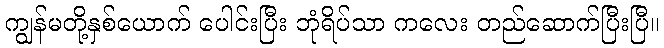
ကျွန်မတို့နှစ်ယောက် ပေါင်းပြီး ဘုံရိပ်သာ ကလေး တည်ဆောက်ပြီးပြီ။